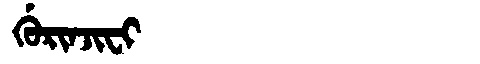
Manchu: ᡤᡠᡵᡳᠨᠵᡳᠸᡳ
Romanization: GURINJIFI